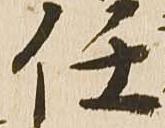
任